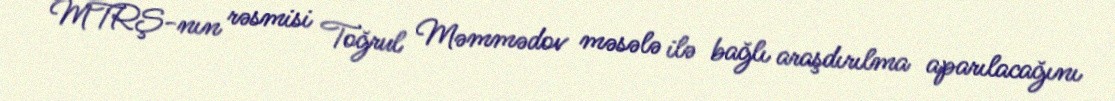
MTRŞ-nın rəsmisi Toğrul Məmmədov məsələ ilə bağlı araşdırılma aparılacağını